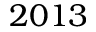
2 0 1 3